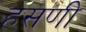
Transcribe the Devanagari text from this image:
हसणी